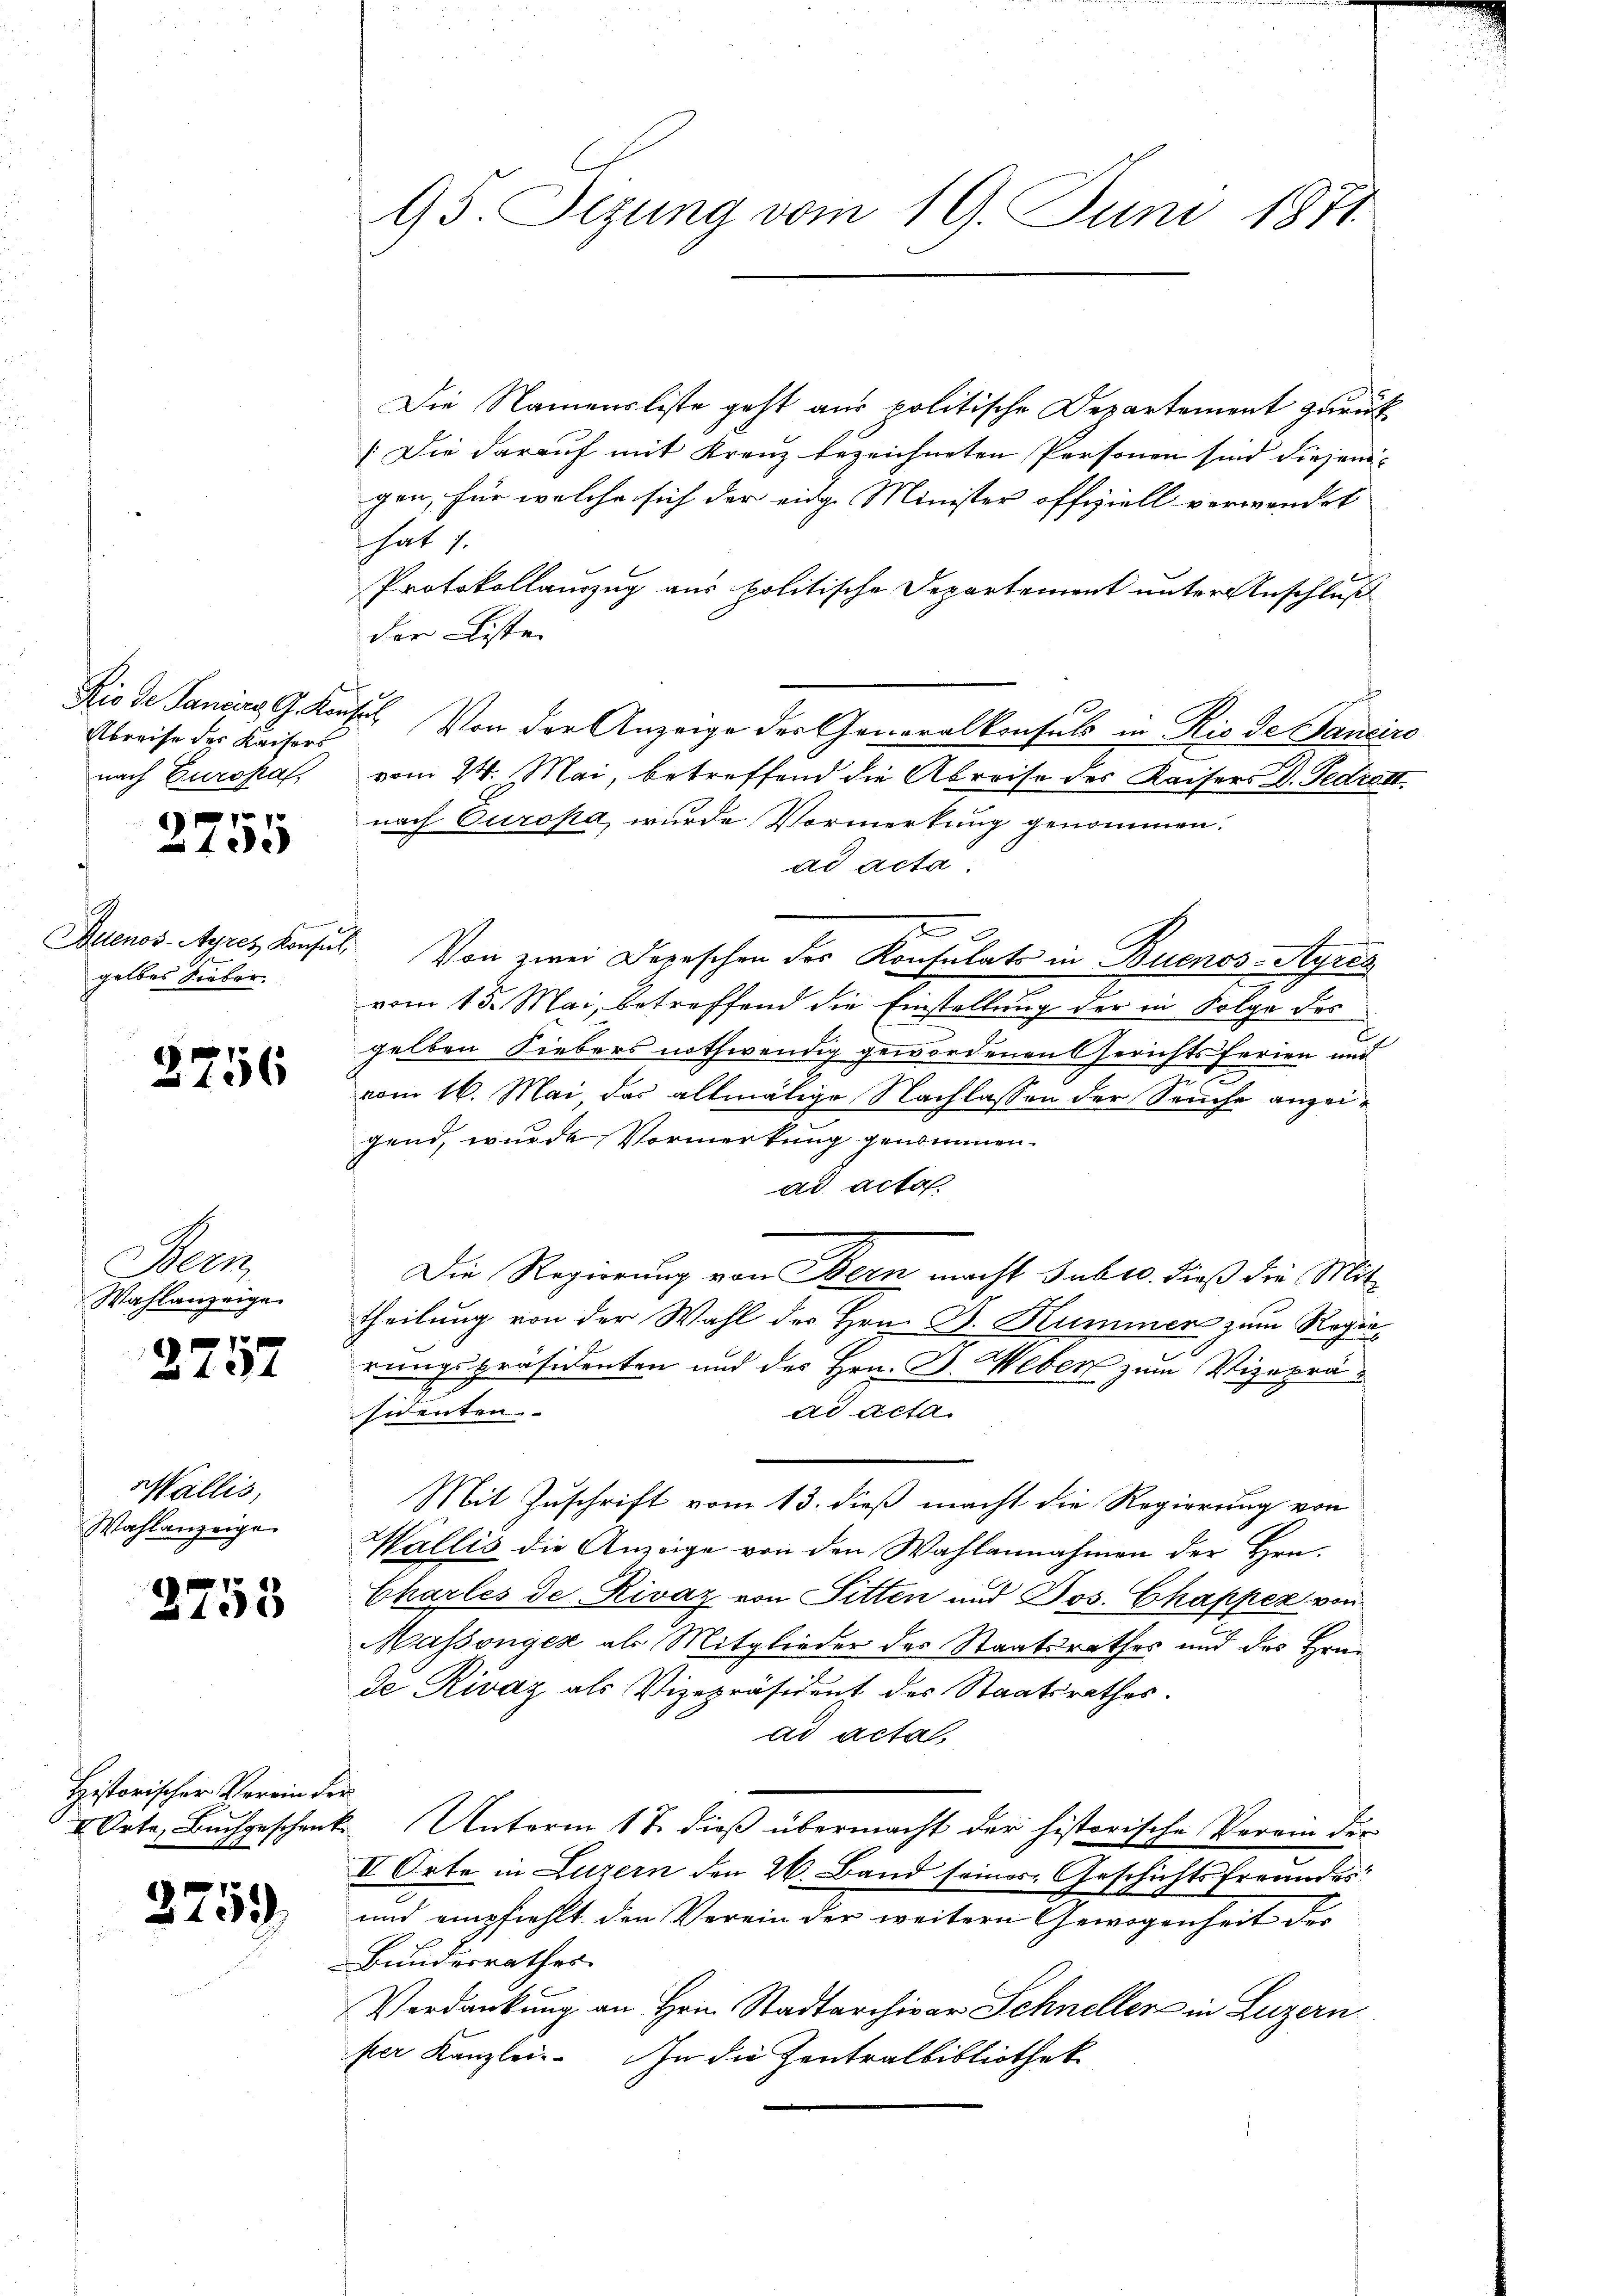
Abreise der Kaisers
nach Europa

7
x

s
Actenos-Ayres Konfin
gelbes Sieber.

3756

Aben
Wahlanzeige

428 x

Wallis,
Wahlanzeige

2753

Historischer Verein der

2259

95. Sezung vom 19. Juni 1871.

Die Namensliste geht aus politische Departement zurück
[Die darauf mit Kranz bezeichneten Personen sind diejenigen, für welche sich der eidge Minister offiziell verwendet
hat 1
Protokollauszug aus politische Departement unter Anschluß
der Liste
Rio de Sancis, G. Konsil. Von der Anzeige der Generalkonsuls in Rio de Bancin
vom 24. Mai, betreffend die Abreise des Kaisers D. Gedrett
nach Europa wurde Vormerkung genommen.
ad acta.
i
Von zwei Depeschen der Konsulats in Buenos-Ayres
vom 15. Mai, betreffend die Einstellung der in Folge des
gelben Siebers nothwendig gewordenen Gerichtsferien und
vom 16. Mai, das allmälige Nachlassen der Seuche anzeigend, wurde Vormerkung genommen.
ad acta
Die Regierung von Bern macht Subic. Dieß die Mittheilung von der Wahl des Hrn. B. Kummer zum Regierungspräsidenten und des Hrn. B. Weber zum Vizepräsidenten
ad acta
Mit Zuschrift vom 13. dieß macht die Regierung von
Wallis die Anzeige von den Wahlannahmen der Hrn.
Charles de Rivaz von Sitten und Jos. Chapper von
Massonyek als Mitglieder des Staatsrathes und des Hrn.
de Rivaz als Vizepräsident des Staatsrathes.
ad acta.
 Orte, Buchgeschenk. Unterm 17. dieß übermacht der historische Verein der
II Orte in Luzern den 26. Band seines Geschichtsfreundes:
und empfiehlt den Verein der weitern Gewogenheit der
Bundesrathes.
Verdankung an Hrn. Stadtarchivar Schneller in Luzern
per Kanzlei. In die Zentralbibliothek